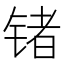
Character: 锗